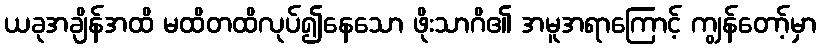
ယခုအချိန်အထိ မထိတထိလုပ်၍နေသော ဖိုးသာဂိ၏ အမူအရာကြောင့် ကျွန်တော့်မှာ